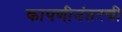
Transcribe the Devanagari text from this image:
कापणीनंतरची